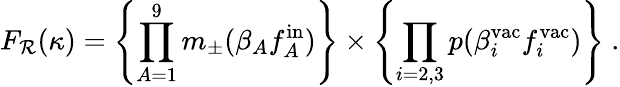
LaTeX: F_{\mathcal{R}}(\kappa)=\left\{ \prod_{A=1}^{9}m_{\pm}(\beta_{A}f_{A}^{\mathrm{{in}}})\right\} \times\left\{ \prod_{i=2,3}p(\beta_{i}^{\mathrm{{vac}}}f_{i}^{\mathrm{{vac}}})\right\} \ .